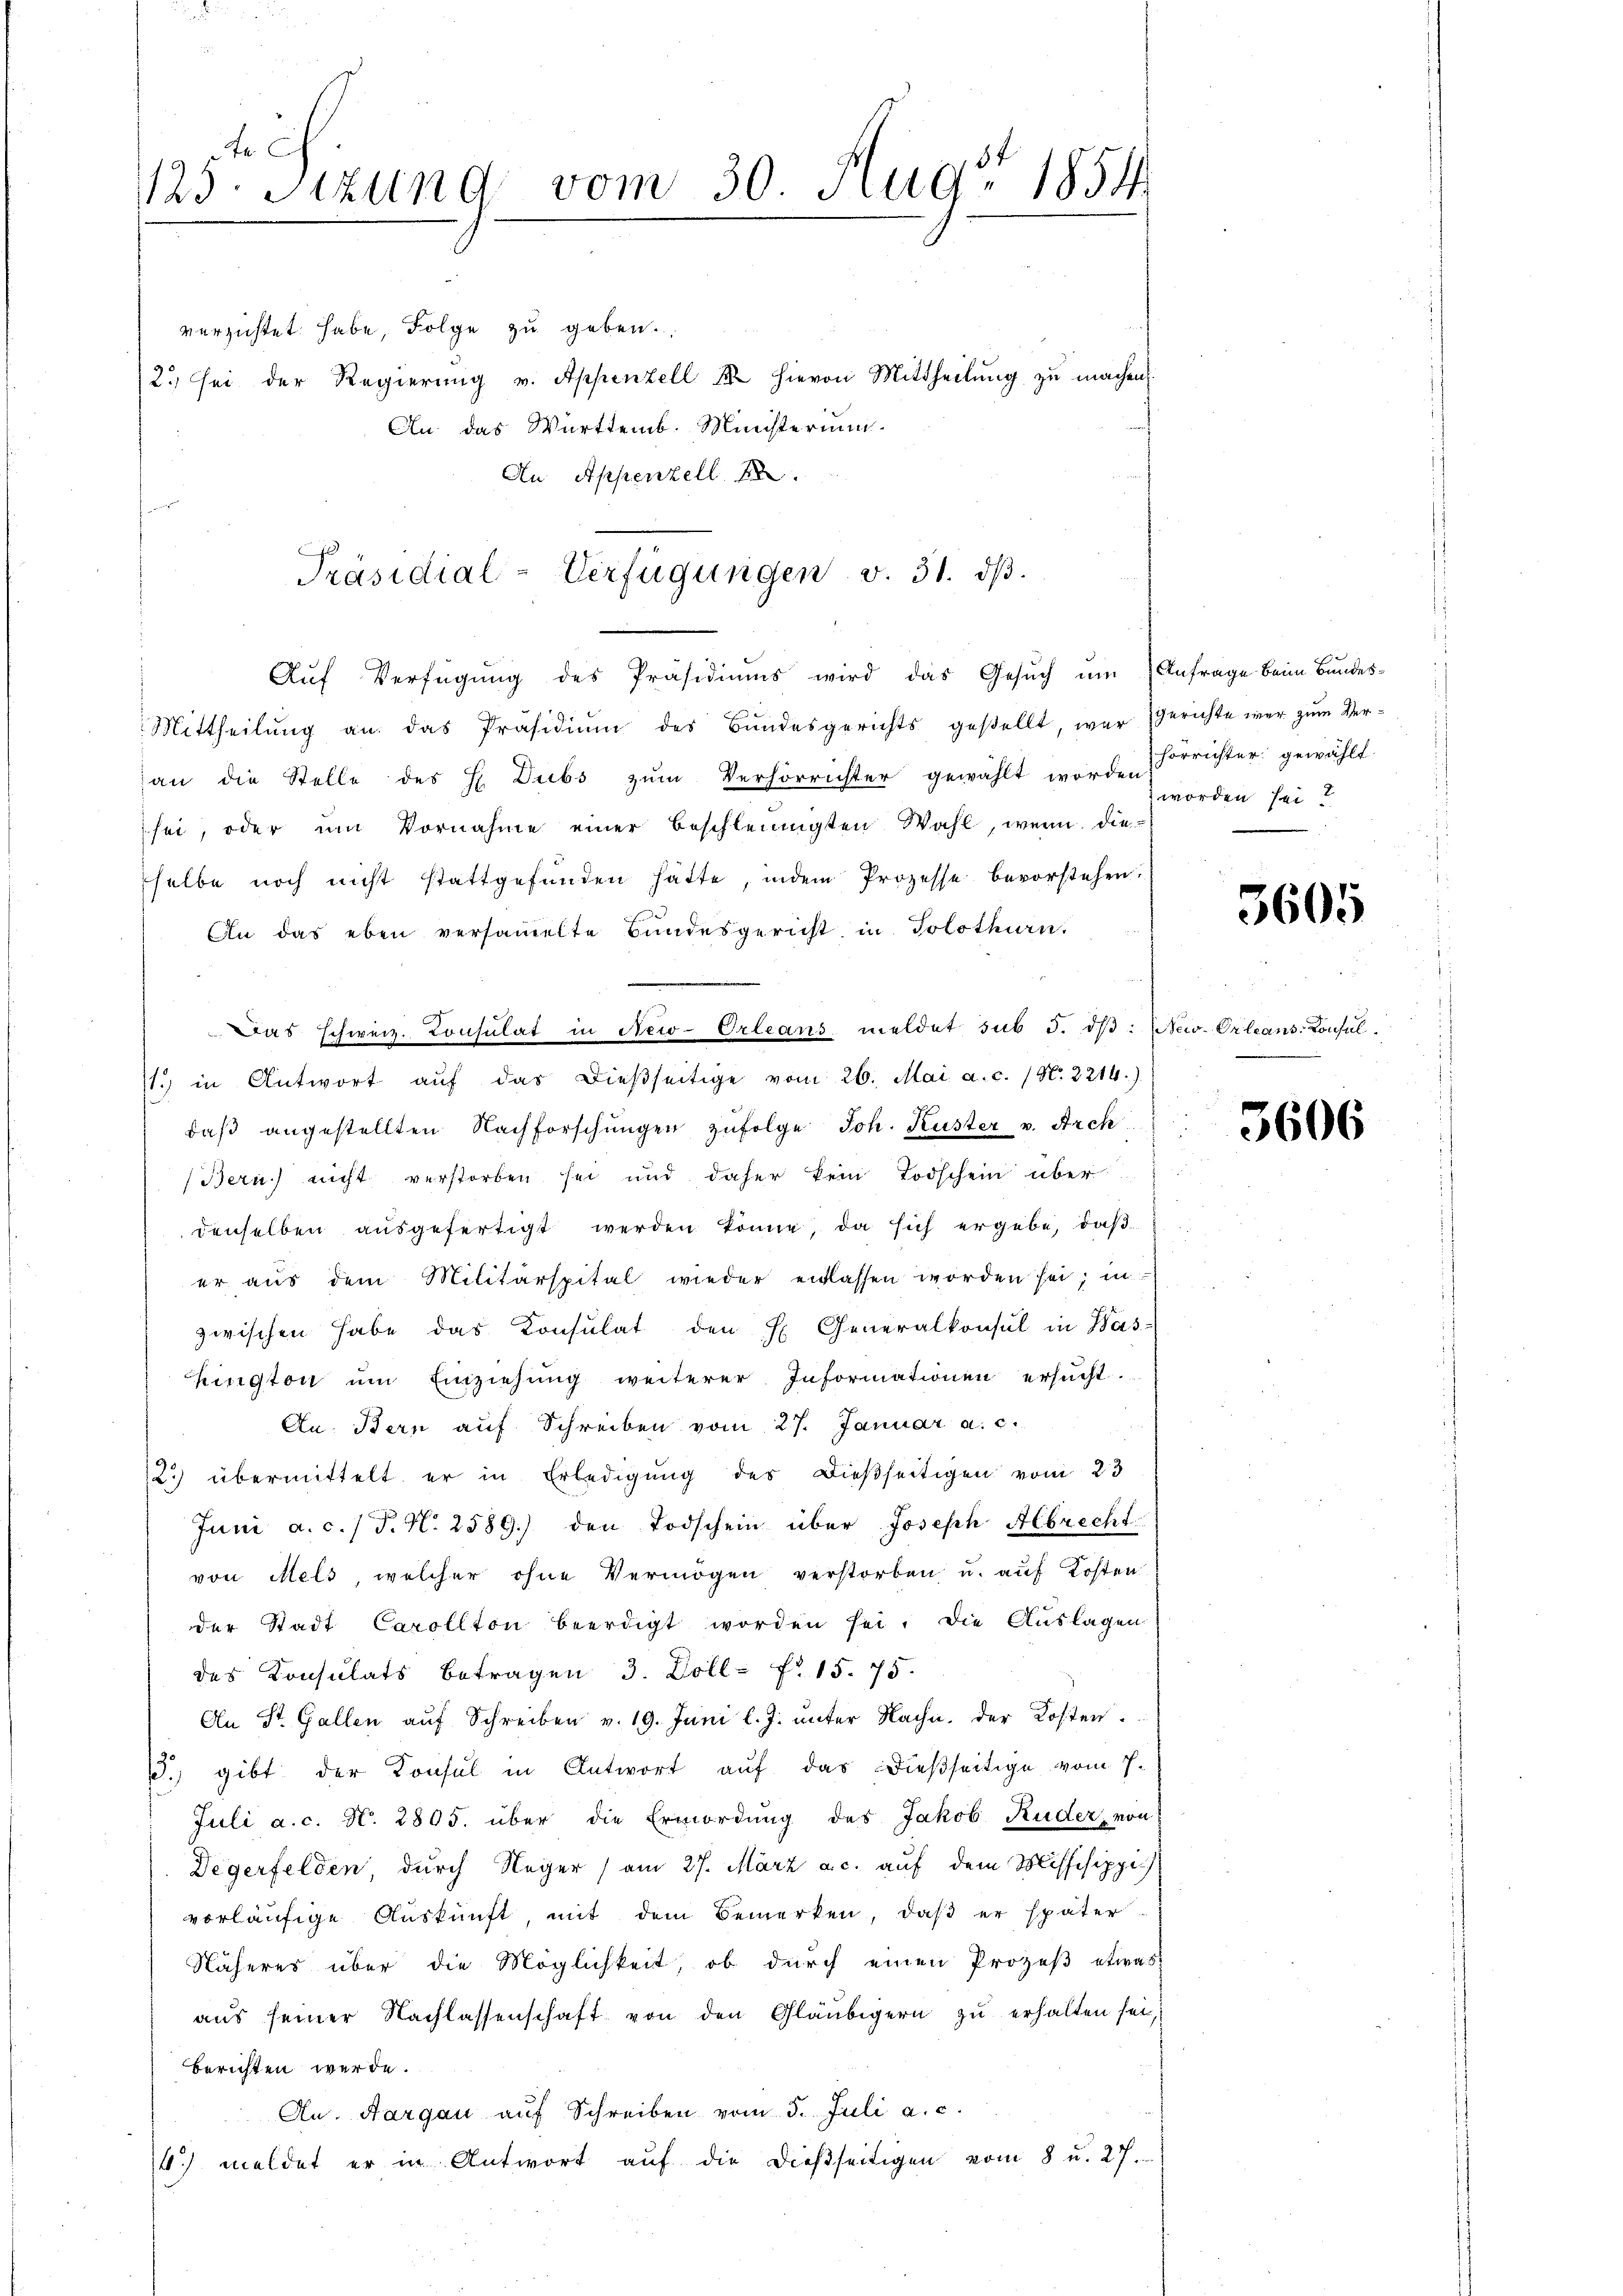
125. Sizung vom 30. Aug 1854

verzichtet habe, Folge zu geben.
2. sei der Regierŭng v. Appenzell M. hievon Mittheilŭng zŭ machen.
An das Württemb. Ministerium.
An Appenzell A.

Präsidial-Verfügungen v. 31. dβ.
Aŭf Verfügŭng des Präsidiŭms wird das Gesŭch ŭm Anfrage beim Bundes-

11. in Antwort aŭf das dieβseitige vom 26. Mai a.c. (N. 2214.)

Mittheilŭng an das Präsidiŭm des Bundesgerichts gestellt, war gerichte war zum Veran die Stelle des H. Dubs zŭm Verhörrichter gewählt worden,
sei, oder um Vornahme einer beschleinigten Wahl, wenn dieselbe noch nicht stattgefunden hatte, indem Prozesse bevorstehen.
An das eben versammelte Bundesgericht in Solothurn.
Das schweiz. Consulat in New-Orleans meldet sub 3. dβ: New-Orleans-Consul
daβ angestellten Nachforschŭngen zŭfolge Joh. Kuster v. Arch
(Bern) nicht verstorben sei und daher kein Todschein über
denselben ausgefertigt werden könne, da sich ergebe, daß
er aŭs dem Militärspital wieder entlassen worden sei; in
zwischen habe das Konsulat den H. Generalkonsul in Was-
hington ŭm Einziehung weiterer Informationen ersucht.
An. Bern auf Schreiben vom 27. Januar a. c.
2) übermittelt er in Erledigŭng des dießseitigen vom 23
Juni a. c. / P. N. 2589) den Todschein über Joseph Albrecht
von Mels, welcher ohne Vermögen verstorben u. aŭf Kosten
der Stadt Carollton beerdigt worden sei. Die Auslagen
des Konsulats betragen 3. Doll- fr. 15. 75.
An St. Gallen auf Schreiben v. 19. Juni l. J. unter Nachn. Der Kosten.
. gibt der Konsul in Antwort auf das dießseitige vom 7.
Juli a. c. N. 2805. über die Ermordung des Jakob Ruder, von
Degerfelden, durch Neger am 27. März a. c. auf dem Missisippi
vorläufige Auskunft, mit dem Bemerken, daß er später
Näheres über die Möglichkeit, ob durch einen Prozeß etwas
aus seiner Nachlassenschaft von den Gläubigern zu erhalten sei,
berichten werde.
Au. Aargau auf Schreiben vom 5. Juli a. c.
4) meldet er in Antwort aŭf die dießseitigen vom 8 u. 27.

horrichter gewählt.
 worden sei?

3605

5606